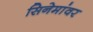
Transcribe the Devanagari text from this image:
सिनेमांवर